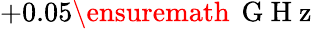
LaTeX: +0.05\ensuremath{\, \mathrm{~G~H~z~}}